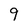
Character: 9